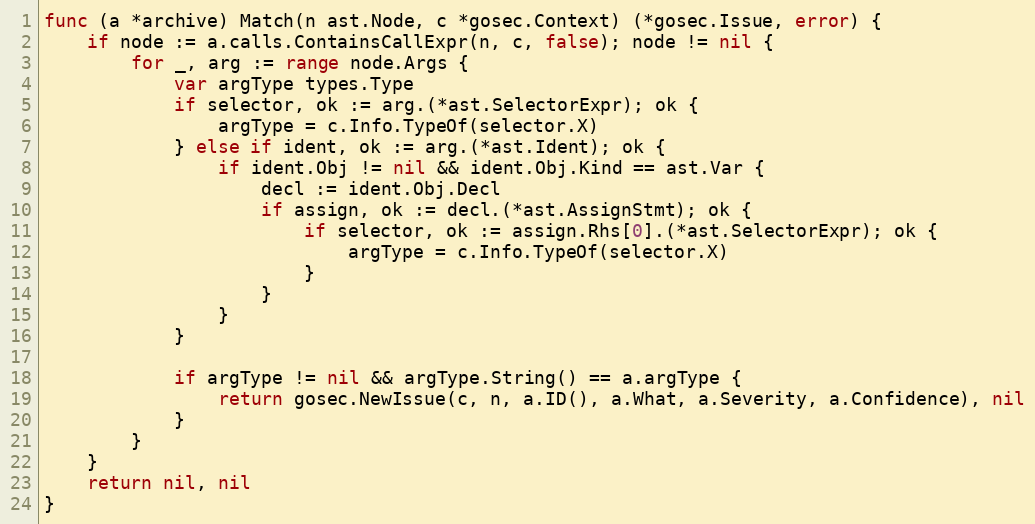
Language: Go
func (a *archive) Match(n ast.Node, c *gosec.Context) (*gosec.Issue, error) {
	if node := a.calls.ContainsCallExpr(n, c, false); node != nil {
		for _, arg := range node.Args {
			var argType types.Type
			if selector, ok := arg.(*ast.SelectorExpr); ok {
				argType = c.Info.TypeOf(selector.X)
			} else if ident, ok := arg.(*ast.Ident); ok {
				if ident.Obj != nil && ident.Obj.Kind == ast.Var {
					decl := ident.Obj.Decl
					if assign, ok := decl.(*ast.AssignStmt); ok {
						if selector, ok := assign.Rhs[0].(*ast.SelectorExpr); ok {
							argType = c.Info.TypeOf(selector.X)
						}
					}
				}
			}

			if argType != nil && argType.String() == a.argType {
				return gosec.NewIssue(c, n, a.ID(), a.What, a.Severity, a.Confidence), nil
			}
		}
	}
	return nil, nil
}